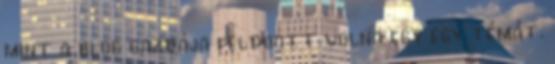
mint a blog gazdája feldoott volna egy egy témát.